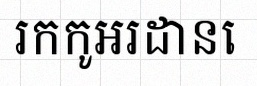
រកកូអរដោនេ